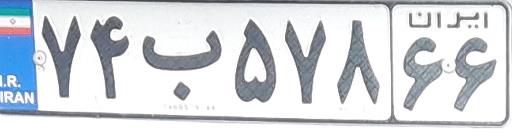
۷۴ب۵۷۸۶۶